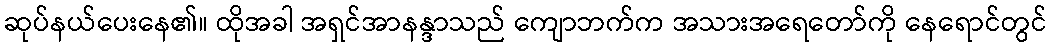
ဆုပ်နယ်ပေးနေ၏။ ထိုအခါ အရှင်အာနန္ဒာသည် ကျောဘက်က အသားအရေတော်ကို နေရောင်တွင်